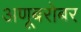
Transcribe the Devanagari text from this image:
अणूबरोबर